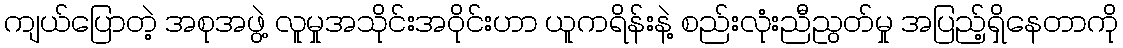
ကျယ်ပြောတဲ့ အစုအဖွဲ့ လူမှုအသိုင်းအဝိုင်းဟာ ယူကရိန်းနဲ့ စည်းလုံးညီညွတ်မှု အပြည့်ရှိနေတာကို